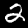
Label: 2